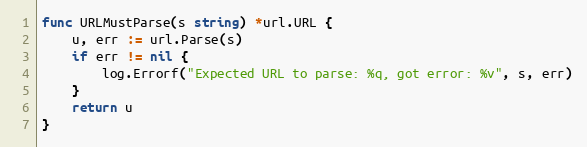
Language: Go
func URLMustParse(s string) *url.URL {
	u, err := url.Parse(s)
	if err != nil {
		log.Errorf("Expected URL to parse: %q, got error: %v", s, err)
	}
	return u
}